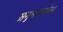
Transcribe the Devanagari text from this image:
अनुभवागोचर